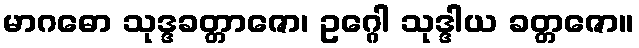
မာဂဓော သုဒ္ဒခတ္တာဇော၊ ဥဂ္ဂေါ သုဒ္ဒါယ ခတ္တဇော။